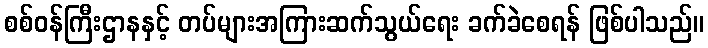
စစ်ဝန်ကြီးဌာနနှင့် တပ်များအကြားဆက်သွယ်ရေး ခက်ခဲစေရန် ဖြစ်ပါသည်။